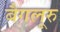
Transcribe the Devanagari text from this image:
बैगलूरु